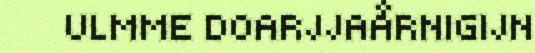
ULMME DOARJJAÅRNIGIJN